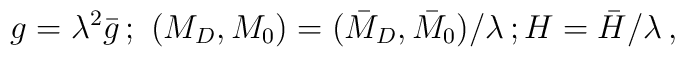
g = \lambda^2 \bar{g}\,;\ (M_D,M_0) = (\bar{M}_D,\bar{M}_0)/\lambda\,; H = \bar{H}/\lambda \,,